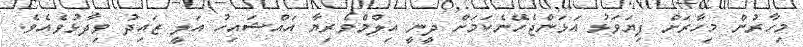
މިހާރުން މިހާރަށް ފިޔަވަޅު އަޅަންޖެހޭނެކަމަށް ދީނީ އިލްމްވެރިޔާ އައްޝައިހު އަލީ ޒައިދު ވިދާޅުވެއެވެ.